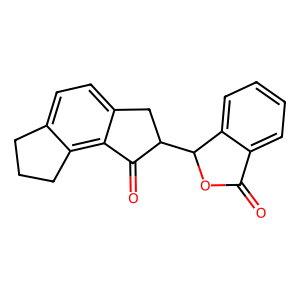
SMILES: O=C1OC(C2Cc3ccc4c(c3C2=O)CCC4)c2ccccc21
Inhibits HIV replication: No